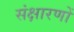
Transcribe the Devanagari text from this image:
संक्षारणों